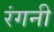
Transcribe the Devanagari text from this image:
रंगनी